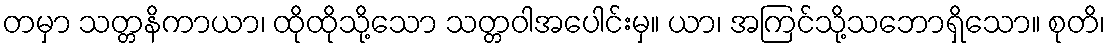
တမှာ သတ္တနိကာယာ၊ ထိုထိုသို့သော သတ္တဝါအပေါင်းမှ။ ယာ၊ အကြင်သို့သဘောရှိသော။ စုတိ၊